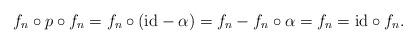
LaTeX: \begin{align*}f_n \circ p \circ f_n = f_n\circ ( \mbox{id} - \alpha )=f_n- f_n \circ \alpha=f_n = \mbox{id} \circ f_n.\end{align*}